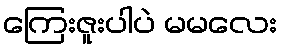
ကြေးဇူးပါပဲ မမလေး